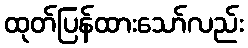
ထုတ်ပြန်ထားသော်လည်း